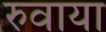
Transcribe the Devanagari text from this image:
रुवाया